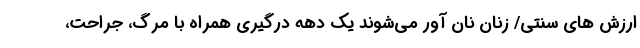
ارزش های سنتی/ زنان نان آور می‌شوند یک دهه درگیری همراه با مرگ، جراحت،